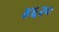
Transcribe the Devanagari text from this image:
४६२०